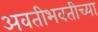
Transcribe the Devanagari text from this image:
अवतीभवतीच्या